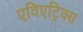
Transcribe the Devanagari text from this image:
एविएट्रिक्स